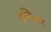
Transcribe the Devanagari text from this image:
इन्दिअन